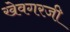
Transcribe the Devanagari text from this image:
खेवगरजी